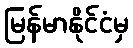
မြန်မာနိုင်ငံမှ